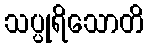
သပ္ပုရိသောတိ